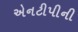
એનટીપીની